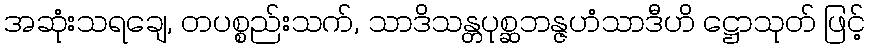
အဆုံးသရချေ, တပစ္စည်းသက်, သာဒိသန္တပုစ္ဆဘန္ဇဟံသာဒီဟိ ဋ္ဌောသုတ် ဖြင့်